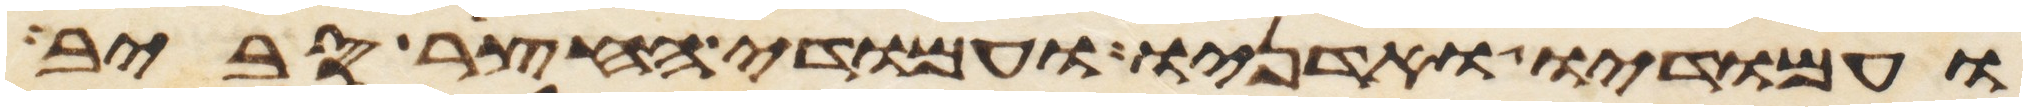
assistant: ועמודיו ואדניו ועמודי החצר סביב